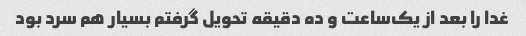
غدا را بعد از یک‌ساعت و ده دقیقه تحویل گرفتم بسیار هم سرد بود